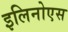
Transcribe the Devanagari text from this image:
इलिनोएस